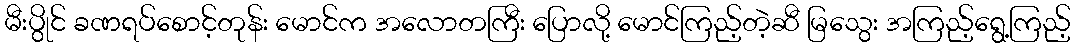
မီးပွိုင် ခဏရပ်စောင့်တုန်း မောင်က အလောတကြီး ပြောလို့ မောင်ကြည့်တဲ့ဆီ မြသွေး အကြည့်ရွေ့ကြည့်